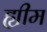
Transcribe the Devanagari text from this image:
ह्यीम